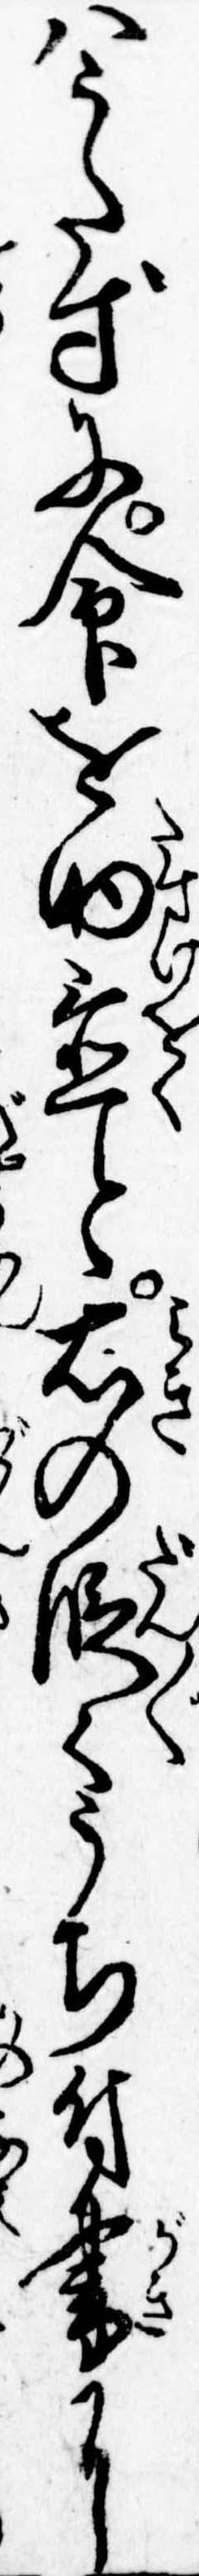
はうたずに命を助置と右の段々うち付書に